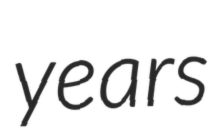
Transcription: years